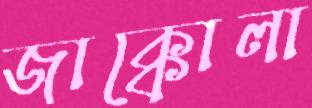
জাক্কোলা